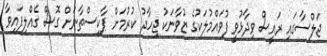
ޖަލްސާގައި ރައީސް ވިދާޅުވީ ފުވައްމުލަކުގެ ޒުވާނަކު ޖިހާދު ކުރުމަށް ޕާކިސްތާނަށް ގޮސް ގެއްލިފައިވާ